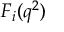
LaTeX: F _ { i } ( q ^ { 2 } )